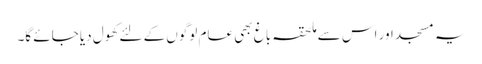
یہ مسجد اور اس سے ملحقہ باغ بھی عام لوگوں کے لئے کھول دیا جائے گا۔